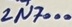
Text: 2N7000